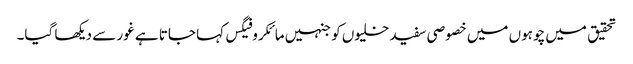
تحقیق میں چوہوں میں خصوصی سفید خلیوں کو جنہیں مائکروفیگس کہا جاتا ہے غور سے دیکھا گیا۔